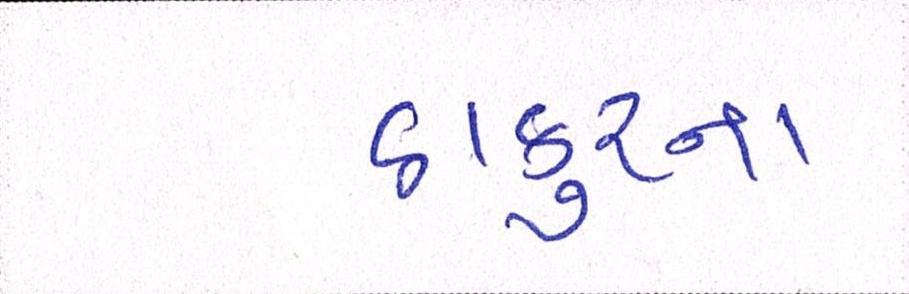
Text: ઠાકુરનાં